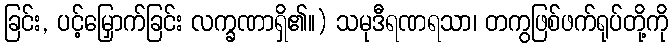
ခြင်း, ပင့်မြှောက်ခြင်း လက္ခဏာရှိ၏။) သမုဒီရဏရသာ၊ တကွဖြစ်ဖက်ရုပ်တို့ကို